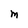
Character: M